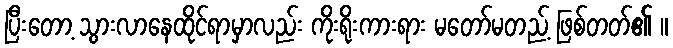
ပြီးတော့ သွားလာနေထိုင်ရာမှာလည်း ကိုးရိုးကားရား မတော်မတည့် ဖြစ်တတ်၏ ။